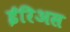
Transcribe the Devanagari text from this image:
ईरिअस